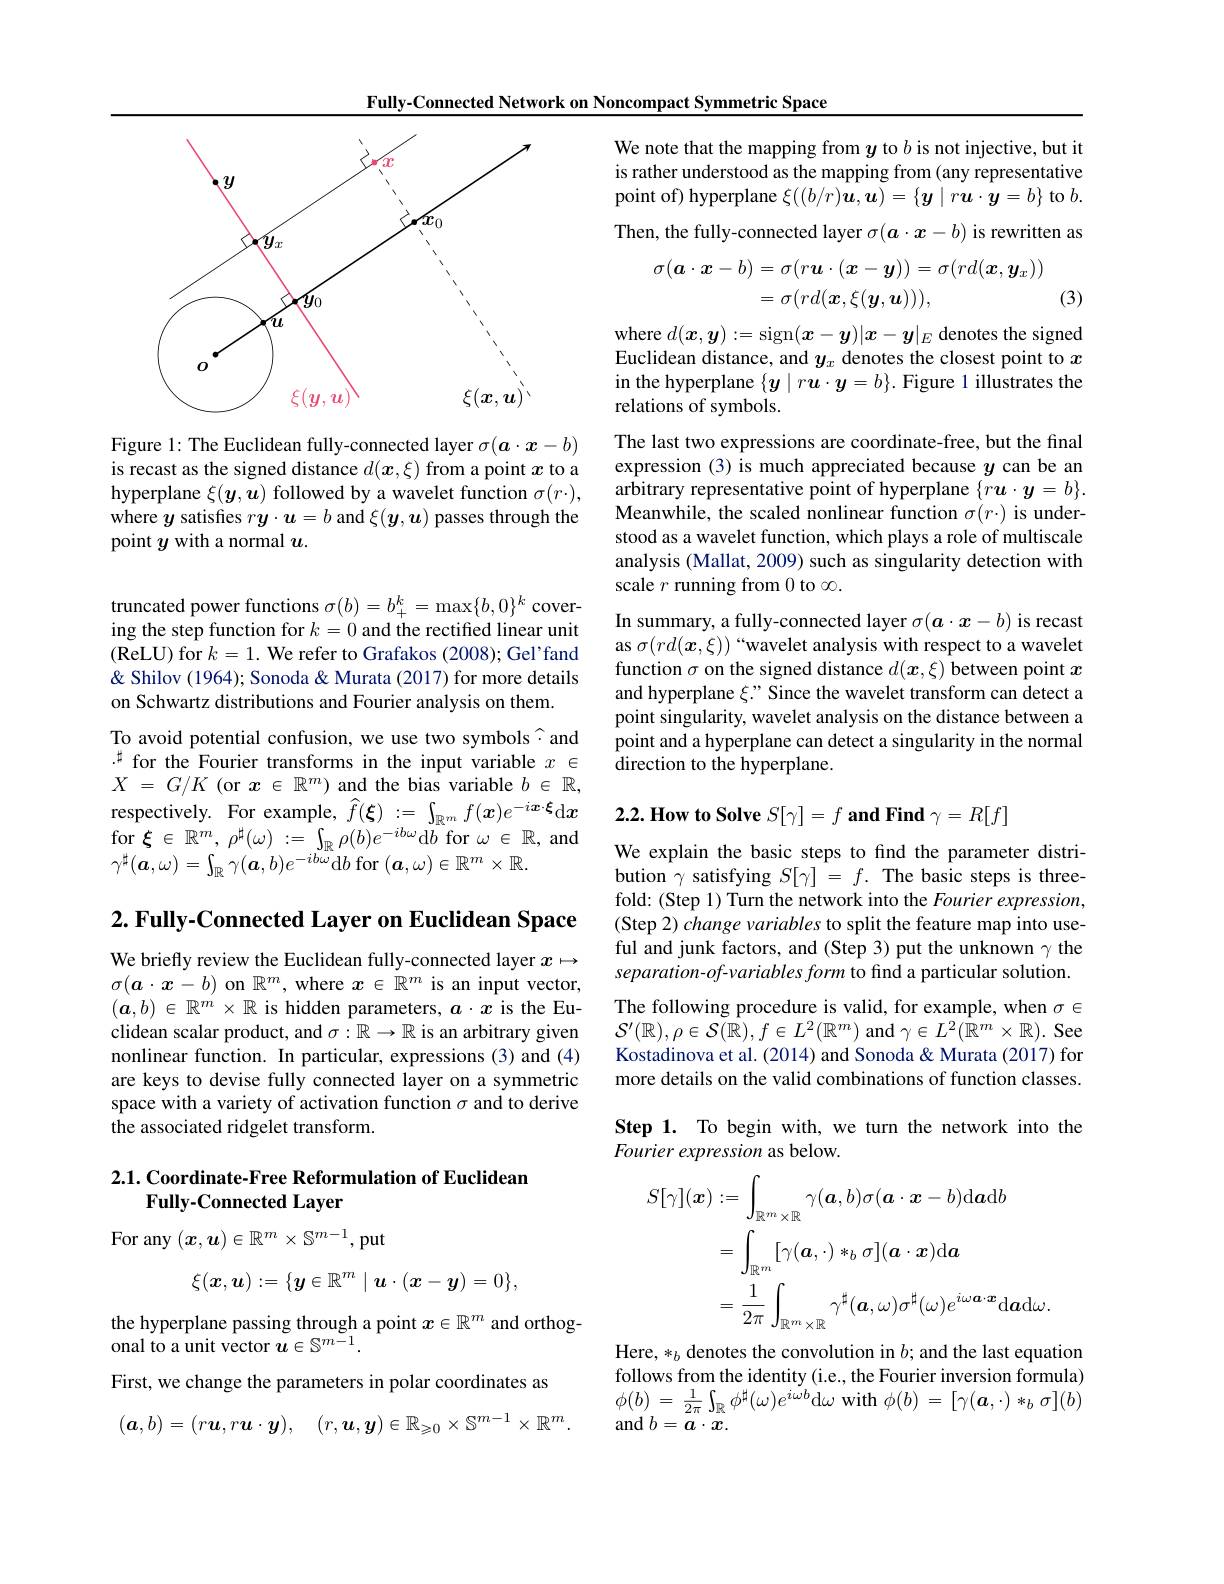
Fully-Connected Network on Noncompact Symmetric Space

<FigureHere>

Figure 1: The Euclidean fully-connected layer $\sigma(\boldsymbol{a}\cdot\boldsymbol{x}-b)$ is recast as the signed distance $d(\boldsymbol x,\xi)$ from a point $x$ to a hyperplane $\xi(\boldsymbol{y},\boldsymbol{u})$ followed by a wavelet function $\sigma(r\cdot)$, where $y$ satisfes $r\boldsymbol y\cdot\boldsymbol u=b$ and $\xi(\boldsymbol y,\boldsymbol u)$ passes through the point $y$ with a normal $u.$

truncated power functions $\sigma(b)=b_+^k=\max\{b,0\}^k$ covering the step function for $k=0$ and the rectifed linear unit (ReLU) for $k=1.$ We refer to Grafakos (2008); Gel'fand & Shilov (1964); Sonoda & Murata (2017) for more details on Schwartz distributions and Fourier analysis on them.
To avoid potential confusion, we use two symbols[INDEX]and $.^{\sharp}$ for the Fourier transforms in the input variable $x\in$ $X$ = $G/ K$ (or $x\in\mathbb{R}^m)$ and the bias variable $b$ $\in$ $\mathbb{R} $, respectively. For example, $\widehat{f}(\boldsymbol\xi):=\int_{\mathbb{R}^m}f(\boldsymbol x)e^{-i\boldsymbol{x}\cdot\boldsymbol{\xi}}$d$\boldsymbol x$ $\begin{array}{l}{\mathrm{for~}\xi\in\mathbb{R}^{m},\:\rho^{\sharp}(\omega)\::=\int_{\mathbb{R}}\rho(b)e^{-ib\omega}\mathrm{d}b\mathrm{~for~}\omega\in\mathbb{R},\mathrm{~and}}\\{\gamma^{\sharp}(\boldsymbol{a},\omega)=\int_{\mathbb{R}}\gamma(\boldsymbol{a},b)e^{-ib\omega}\mathrm{d}b\mathrm{~for~}(\boldsymbol{a},\omega)\in\mathbb{R}^{m}\times\mathbb{R}.}\end{array}$

2. Fully-Connected Layer on Euclidean Space

We briefly review the Euclidean fully-connected layer $x\mapsto$ $\sigma(\boldsymbol{a}\cdot\boldsymbol{x}-b)$ on $\mathbb{R}^m$, where $\boldsymbol x\in\mathbb{R}^m$ is an input vector, $(\boldsymbol{a},b)\in\mathbb{R}^{m^{\prime}}\times\mathbb{R}$ is hidden parameters, $a\cdot x$ is the Euclidean scalar product, and $\sigma:\mathbb{R}\to\mathbb{R}$ is an arbitrary given nonlinear function. In particular, expressions (3) and (4) are keys to devise fully connected layer on a symmetric space with a variety of activation function $\sigma$ and to derive the associated ridgelet transform.

### $2. 1. \textbf{ Coordinate- Free Reformulation of Euclidean}$ Fully-Connected Layer

For any $(\boldsymbol x,\boldsymbol u)\in\mathbb{R}^m\times\mathbb{S}^{m-1}$,put
$$\xi(\boldsymbol{x},\boldsymbol{u}):=\{\boldsymbol{y}\in\mathbb{R}^m\mid\boldsymbol{u}\cdot(\boldsymbol{x}-\boldsymbol{y})=0\},$$
the hyperplane passing through a point $x\in\mathbb{R}^m$ and orthog-
onal to a unit vector $\tilde{u}\in\mathbb{S}^m-1.$
First, we change the parameters in polar coordinates as
$$(\boldsymbol{a},b)=(r\boldsymbol{u},r\boldsymbol{u}\cdot\boldsymbol{y}),\quad(r,\boldsymbol{u},\boldsymbol{y})\in\mathbb{R}_{\geqslant0}\times\mathbb{S}^{m-1}\times\mathbb{R}^m.$$
We note that the mapping from $y$ to $b$ is not injective, but it is rather understood as the mapping from (any representative point of) hyperplane $\xi((b/r)\boldsymbol{u},\boldsymbol{u})=\{\boldsymbol{y}\mid r\boldsymbol{u}\cdot\boldsymbol{y}=b\}$ to $b.$ Then, the fully-connected layer $\sigma(\boldsymbol{a}\cdot\boldsymbol{x}-b)$ is rewritten as
$$\begin{aligned}\sigma(\boldsymbol{a}\cdot\boldsymbol{x}-b)&=\sigma(r\boldsymbol{u}\cdot(\boldsymbol{x}-\boldsymbol{y}))=\sigma(rd(\boldsymbol{x},\boldsymbol{y}_{x}))\\&=\sigma(rd(\boldsymbol{x},\xi(\boldsymbol{y},\boldsymbol{u}))),\end{aligned}$$
(3)

where $d(\boldsymbol{x},\boldsymbol{y}):=$sign$(\boldsymbol{x}-\boldsymbol{y})|\boldsymbol{x}-\boldsymbol{y}|_E$ denotes the signed Euclidean distance, and $y_x$ denotes the closest point to $x$ in the hyperplane $\{\boldsymbol y\mid r\boldsymbol u\cdot\boldsymbol y=b\}.$ Figure 1 illustrates the relations of symbols.
The last two expressions are coordinate-free, but the final expression (3) is much appreciated because $y$ can be an arbitrary representative point of hyperplane $\{r\boldsymbol{u}\cdot\boldsymbol{y}=b\}.$ Meanwhile, the scaled nonlinear function $\sigma(r\cdot)$ is understood as a wavelet function, which plays a role of multiscale analysis (Mallat, 2009) such as singularity detection with scale $r$ running from 0 to $\infty.$
In summary, a fully-connected layer $\sigma(a\cdot x-b)$ is recast as $\sigma(rd(\boldsymbol{x},\xi))$ “wavelet analysis with respect to a wavelet function $\sigma$ on the signed distance $d(\boldsymbol x,\xi)$ between point $x$ and hyperplane $\xi$." Since the wavelet transform can detect a point singularity, wavelet analysis on the distance between a point and a hyperplane can detect a singularity in the normal direction to the hyperplane.

$2. 2. \textbf{How to Solve }S[ \gamma ] = f\textbf{and Find}\gamma = R[ f]$

We explain the basic steps to find the parameter distribution $\gamma$ satisfying $S[\gamma]=f.$ The basic steps is threefold: (Step 1) Turn the network into the Fourier expression, (Step 2) change variables to split the feature map into useful and junk factors, and (Step 3) put the unknown $\gamma$ the separation-of-variables form to find a particular solution. The following procedure is valid, for example, when $\sigma\in$ $\mathcal{S}^{\prime}(\mathbb{R}),\rho\in\mathcal{S}(\bar{\mathbb{R}}),f\in L^{2}(\mathbb{R}^{m})$ and $\gamma\in L^{2}(\bar{\mathbb{R}}^{m}\times\mathbb{R}).$ See Kostadinova et al. (2014) and Sonoda & Murata (2017) for more details on the valid combinations of function classes. Step 1. To begin with, we turn the network into the Fourier expression as below.
$$\begin{aligned}S[\gamma](\boldsymbol{x})&:=\int_{\mathbb{R}^{m}\times\mathbb{R}}\gamma(\boldsymbol{a},b)\sigma(\boldsymbol{a}\cdot\boldsymbol{x}-b)\mathrm{d}\boldsymbol{a}\mathrm{d}b\\&=\int_{\mathbb{R}^{m}}[\gamma(\boldsymbol{a},\cdot)*_{b}\sigma](\boldsymbol{a}\cdot\boldsymbol{x})\mathrm{d}\boldsymbol{a}\\&=\frac{1}{2\pi}\int_{\mathbb{R}^{m}\times\mathbb{R}}\gamma^{\sharp}(\boldsymbol{a},\omega)\sigma^{\sharp}(\omega)e^{i\omega\boldsymbol{a}\cdot\boldsymbol{x}}\mathrm{d}\boldsymbol{a}\mathrm{d}\omega.\\\end{aligned}$$
Here, $*_b$ denotes the convolution in $b;$ and the last equation follows from the identity (i.e., the Fourier inversion formula) $\phi(b)=\frac{1}{2\pi}\int_{\mathbb{R}}\phi^{\sharp}(\omega)e^{i\omega b}$d$\omega$ with $\phi(b)=[\gamma(\boldsymbol{a},\cdot)*_b\sigma](b)$ ${\mathrm{and~}}b={\overline{a}\cdot x.}$